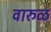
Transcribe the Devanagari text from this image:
वारुळ